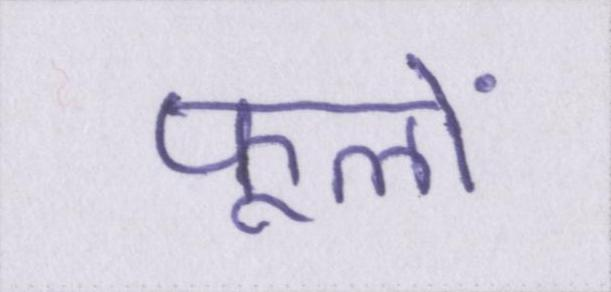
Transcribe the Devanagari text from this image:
फूलों